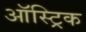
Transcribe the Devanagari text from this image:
ऑस्ट्रिक